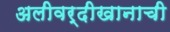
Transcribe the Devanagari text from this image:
अलीवर्दीखानाची